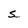
Character: S